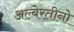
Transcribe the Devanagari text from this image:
अल्बेरतीनो